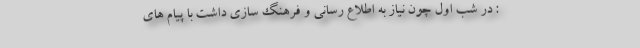
: در شب اول چون نیاز به اطلاع رسانی و فرهنگ سازی داشت با پیام های